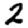
Digit: 2